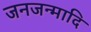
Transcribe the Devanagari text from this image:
जनजन्मादि